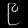
Digit: ၉